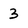
Character: 3